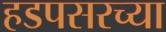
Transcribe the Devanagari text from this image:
हडपसरच्या